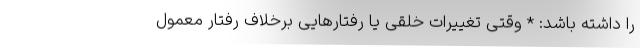
را داشته باشد: * وقتی تغییرات خلقی یا رفتارهایی برخلاف رفتار معمول